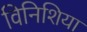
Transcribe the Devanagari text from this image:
विनिशिया